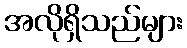
အလိုရှိသည်များ